NAE_ERA_R-1018_Narva_Linna_TSN_Taitevkomitee, lk 9
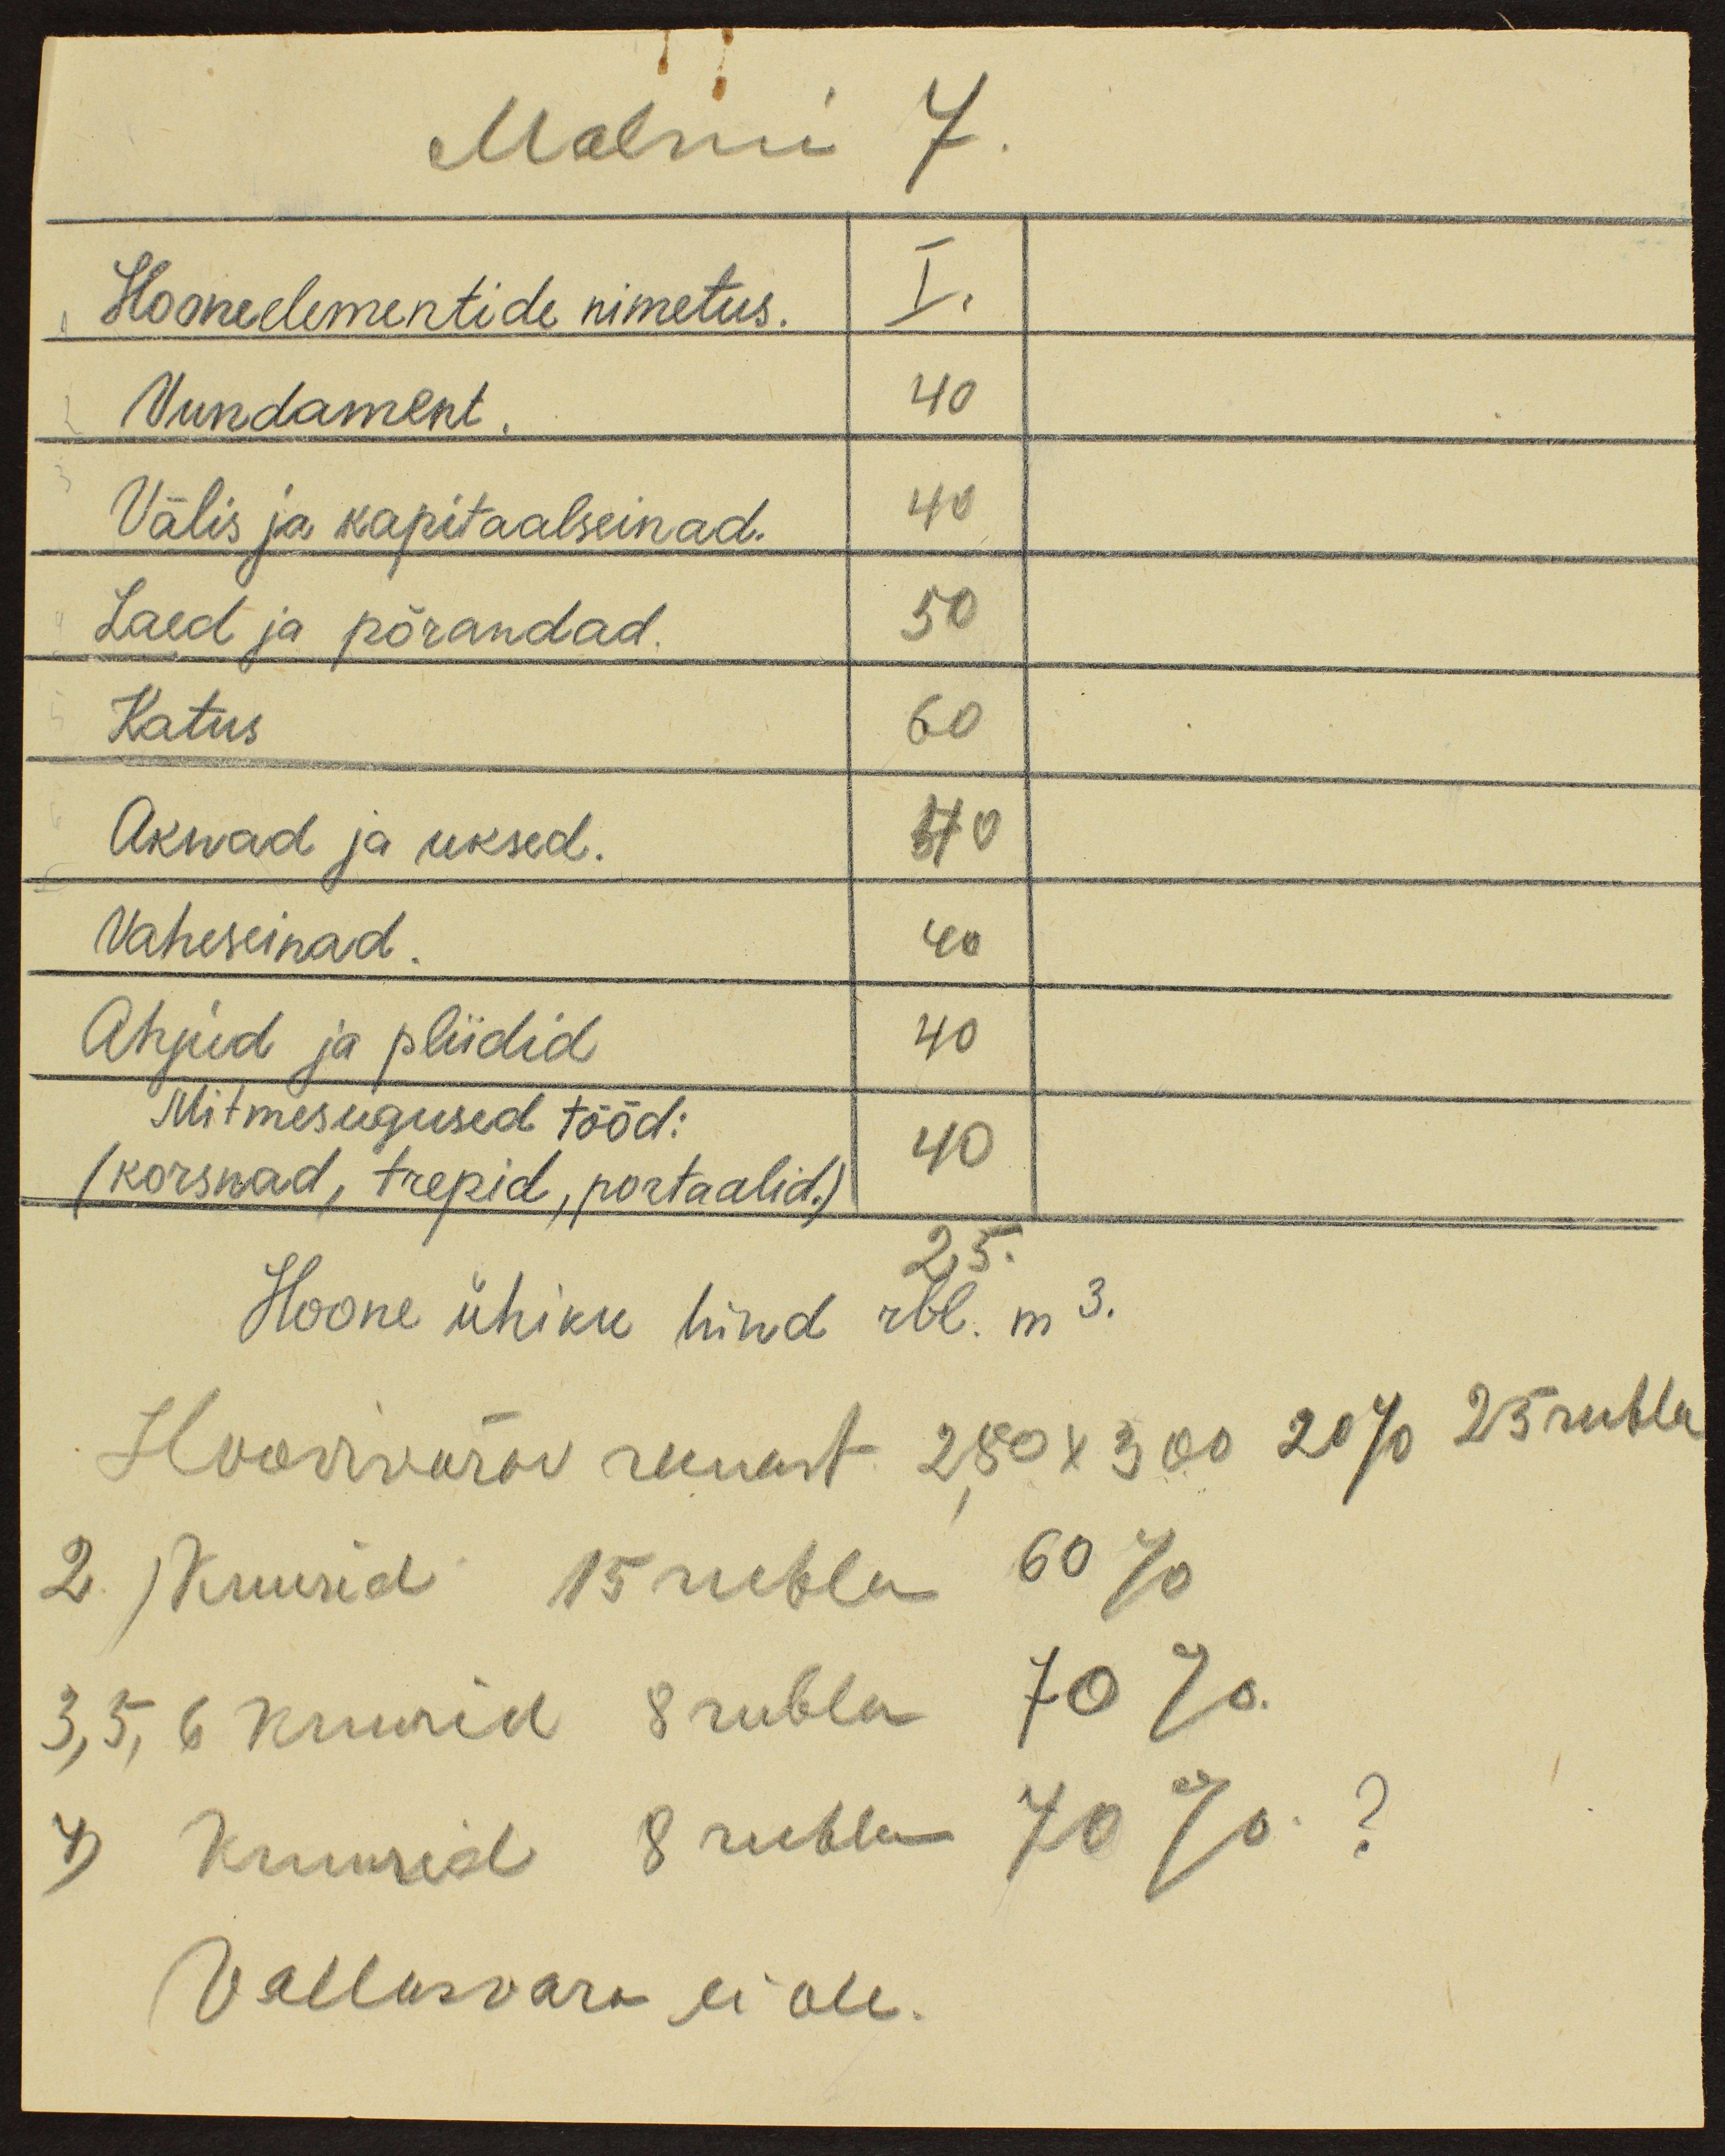
Malmi 7.
1 Hooneelementide nimetus. I.
2 Vundament. 40
3 Välis ja kapitaalseinad. 40
4 Laed ja põrandad. 50
5 Katus 60
6 Aknad ja uksed. 40
Vaheseinad. 40
Ahjud ja pliidid 40
Mitmesugused tööd: 40
(korsnad, trepid, portaalid.)
25.
Hoone ühiku hind rbl. m3.
Hoovivärav rauast 2,80 X 300 20% 25 rubla
2) Kuurid 15 rubla 60%
3,5,6 kuurid 8 rubla 70%
7) Kuurid 8 rubla 70% ?
Vallasvara ei ole.